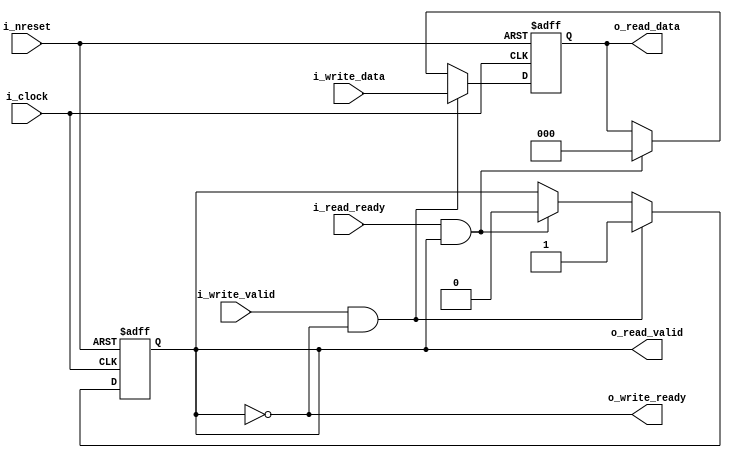
`default_nettype none

// -------------------------------------------
// Module: fifo_reg.v
//
//
// Description:
//   A single register within a FIFO.
// -------------------------------------------

module fifo_reg
#(
	parameter FIFO_REG_WIDTH = 3,
    parameter CLEAR_ON_EMPTY = 1
)
(
	input wire i_clock,
	input wire i_nreset,
	
	// Read port
	input  wire                          i_read_ready,
	output wire                          o_read_valid,
	output wire [FIFO_REG_WIDTH - 1 : 0] o_read_data,

	// Write port
	output wire                          o_write_ready,
	input wire                           i_write_valid,
	input wire  [FIFO_REG_WIDTH - 1 : 0] i_write_data
);
	reg                          valid;
    reg [FIFO_REG_WIDTH - 1 : 0] data;

    always @(posedge i_clock or negedge i_nreset)
    begin
        if (!i_nreset)
        begin
            valid <= 0;
            data <= {FIFO_REG_WIDTH{1'b0}};
        end
        else
        begin
            if (i_write_valid && ~valid)
            begin
                data <= i_write_data;
                valid <= 1;  // We now have valid data.
            end
            else if (i_read_ready && valid)
            begin
                valid <= 0;
                if (CLEAR_ON_EMPTY)
                    data <= {FIFO_REG_WIDTH{1'b0}};
            end
        end
    end

    assign o_read_valid  = valid;
    assign o_read_data   = data;
    assign o_write_ready = ~valid;

endmodule